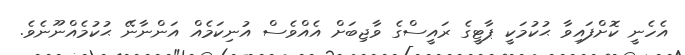
އެހެނީ ކޮށްފައިވާ ޙުކުމަކީ ޕާޓީގެ ރައީސްގެ ވާޖިބަށް އެއްވެސް އުނިކަމެއް އަންނާނޭ ޙުކުމެއްނޫނެވެ.